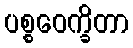
ပစ္စဝေက္ခိတာ